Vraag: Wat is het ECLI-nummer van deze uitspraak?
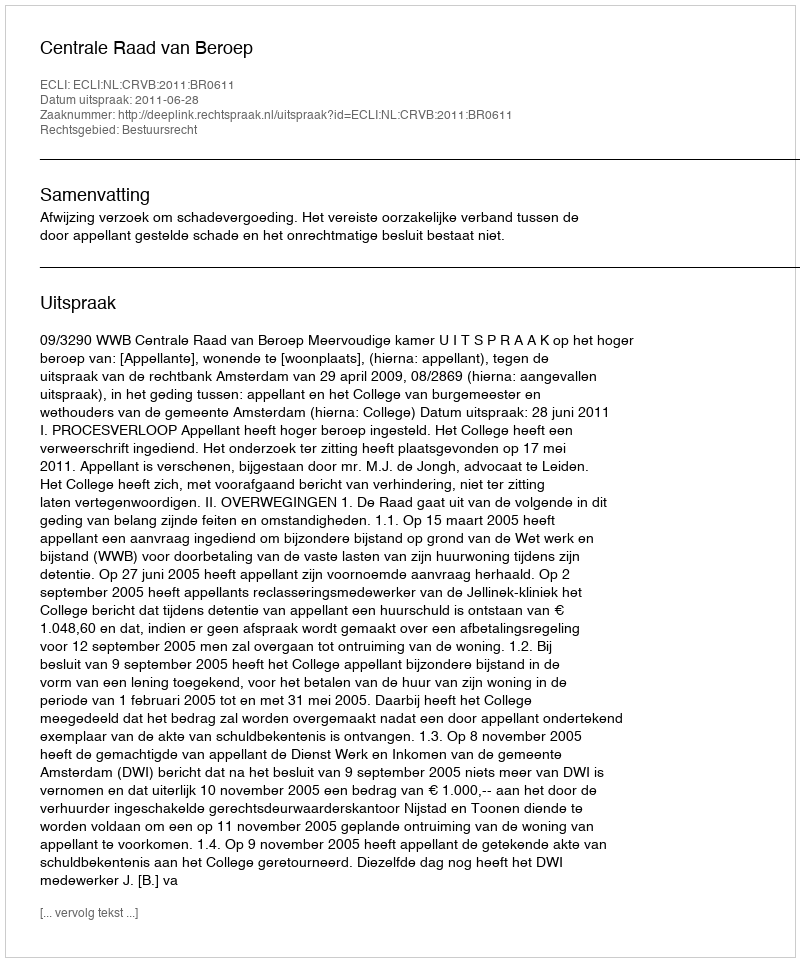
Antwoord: ECLI:NL:CRVB:2011:BR0611